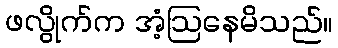
ဖလွိုက်က အံ့ဩနေမိသည်။